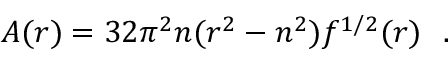
A ( r ) = 3 2 \pi ^ { 2 } n ( r ^ { 2 } - n ^ { 2 } ) f ^ { 1 / 2 } ( r ) ~ ~ .